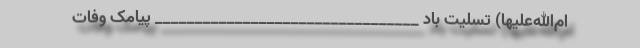
ام‌الله‌علیها) تسلیت باد _________________________________ پیامک وفات